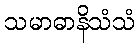
သမာဓာနိသံသံ